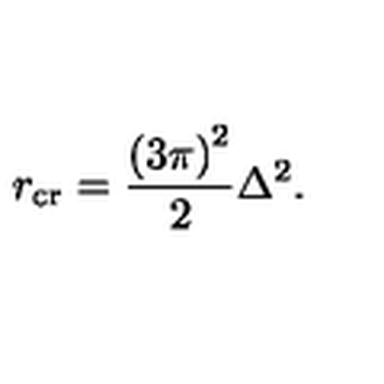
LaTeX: r _ { \mathrm { c r } } = \frac { \left( 3 \pi \right) ^ { 2 } } { 2 } \Delta ^ { 2 } .